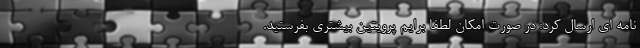
نامه ای ارسال کرد: در صورت امکان لطفا برایم پرویتین بیشتری بفرستید.